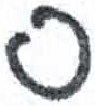
אות: ס